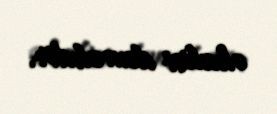
əhalisi deməkdir.